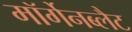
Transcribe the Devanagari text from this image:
मॉर्गेनब्लैट